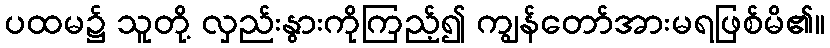
ပထမ၌ သူတို့ လှည်းနွားကိုကြည့်၍ ကျွန်တော်အားမရဖြစ်မိ၏။